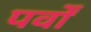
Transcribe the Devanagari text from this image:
पर्वोँ